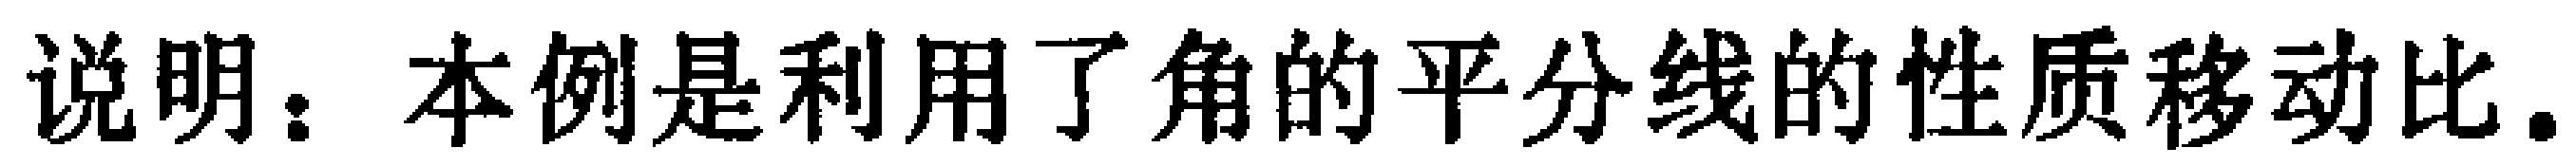
说明：本例是利用了角的平分线的性质移动比.